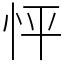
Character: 怦